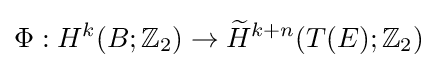
\Phi :H^{k}(B;\mathbb {Z} _{2})\to {\widetilde {H}}^{k+n}(T(E);\mathbb {Z} _{2})